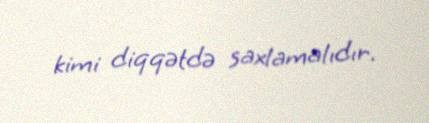
kimi diqqətdə saxlamalıdır.